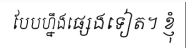
បែបហ្នឹងផ្សេងទៀត។ ខ្ញុំ